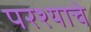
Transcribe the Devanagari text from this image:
परश्याचे